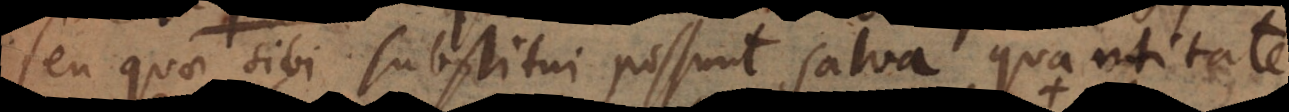
seu quae sibi substitui possunt salva quantitate.